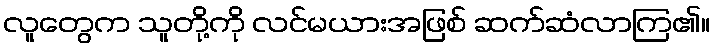
လူတွေက သူတို့ကို လင်မယားအဖြစ် ဆက်ဆံလာကြ၏။